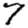
Digit: 7